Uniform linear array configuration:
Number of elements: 8
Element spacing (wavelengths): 1
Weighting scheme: hamming
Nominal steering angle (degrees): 45
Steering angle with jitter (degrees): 46.199
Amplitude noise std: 0.05
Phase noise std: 0.05

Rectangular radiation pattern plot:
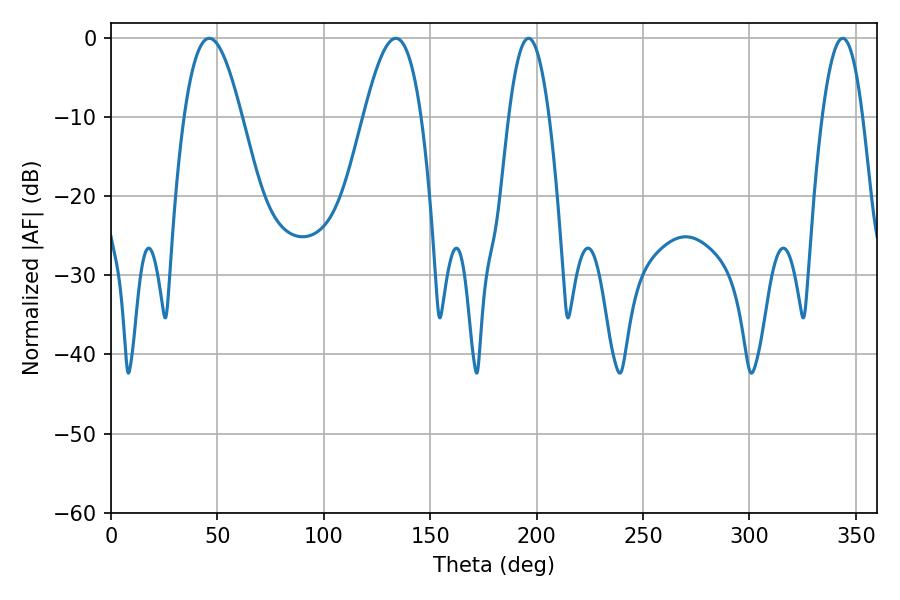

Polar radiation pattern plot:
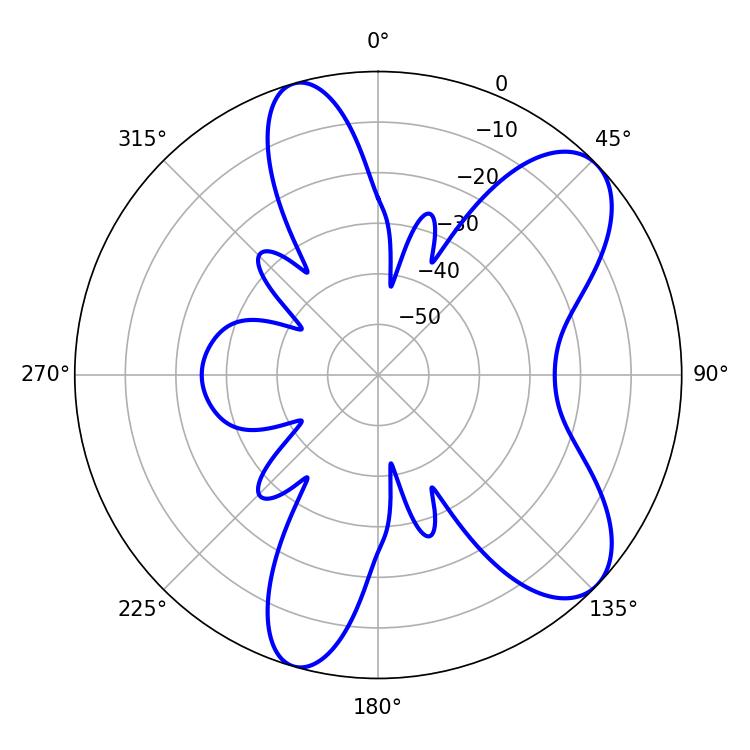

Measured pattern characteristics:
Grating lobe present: TRUE
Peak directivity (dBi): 8.258
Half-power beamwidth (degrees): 10.44
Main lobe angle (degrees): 196.2